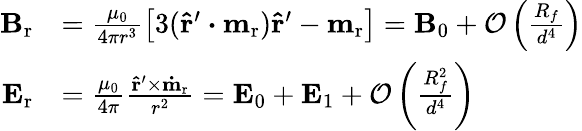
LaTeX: \begin{array}{rl}{\mathbf{B}_{\mathrm{r}}}&{=\frac{\mu_{0}}{4\pi r^{3}}\left[3(\mathbf{\hat{r}^{\prime}}\boldsymbol{\cdot}\mathbf{m}_{\mathrm{r}})\mathbf{\hat{r}^{\prime}}-\mathbf{m}_{\mathrm{r}}\right]=\mathbf{B}_{0}+\mathcal{O}\left(\frac{R_{f}}{d^{4}}\right)}\\ {\mathbf{E}_{\mathrm{r}}}&{=\frac{\mu_{0}}{4\pi}\frac{\mathbf{\hat{r}^{\prime}}\times\mathbf{\dot{m}_{\mathrm{r}}}}{r^{2}}=\mathbf{E}_{0}+\mathbf{E}_{1}+\mathcal{O}\left(\frac{R_{f}^{2}}{d^{4}}\right)}\end{array}